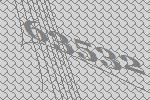
63532